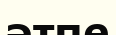
әтпе